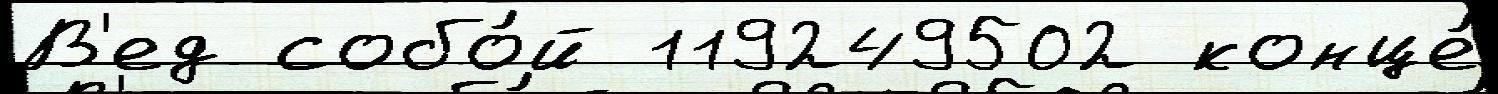
В'ед собо́й 119249502 конце́